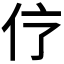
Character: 𠆼